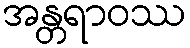
အန္တရာဝဿ